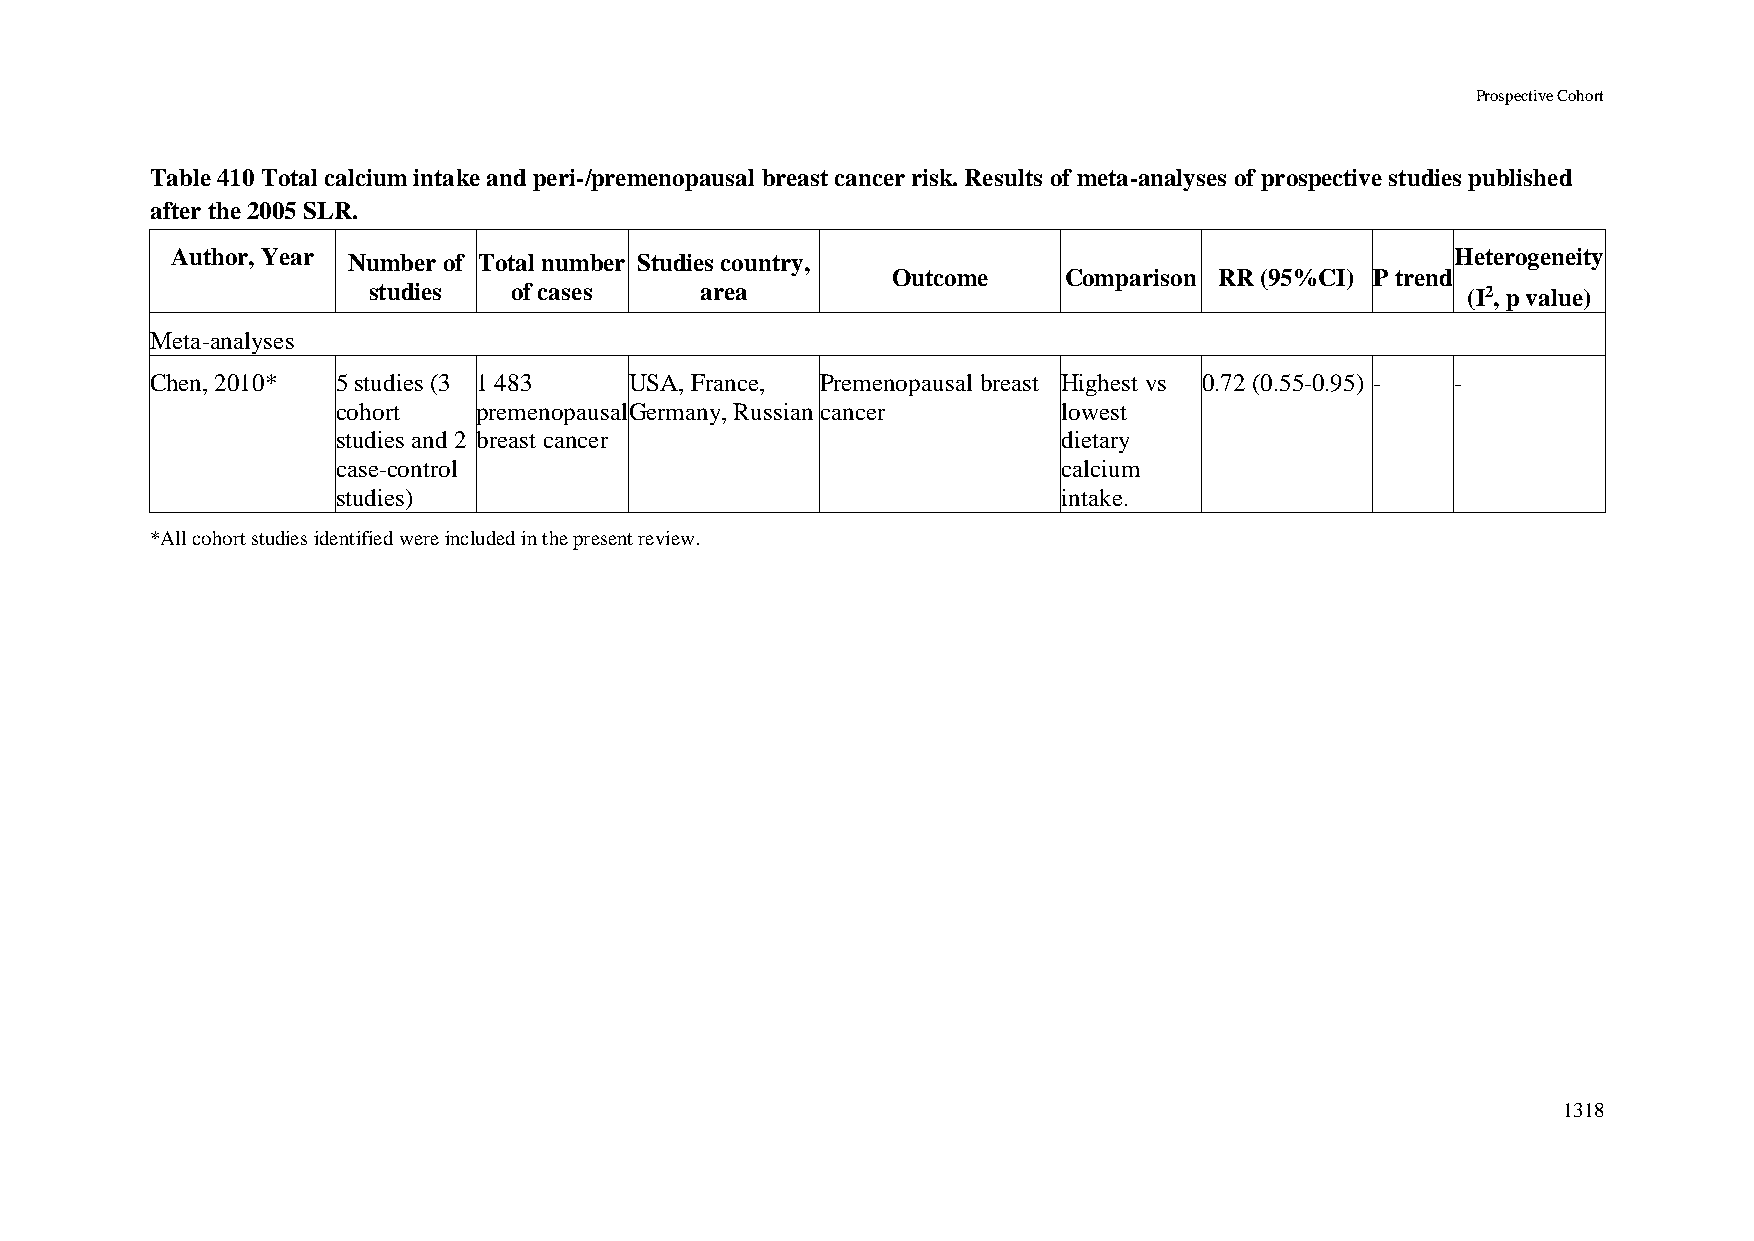
Prospective Cohort
 Table 410 Total calcium intake and peri-/premenopausal breast cancer risk. Results of meta-analyses of prospective studies published
 after the 2005 SLR.
 Author, Year Number of Total number Studies country,                                 Heterogeneity
 Outcome     Comparison RR (95%CI) P trend
 studies   of cases    area                                               (I2, p value)
 Meta-analyses
 Chen, 2010* 5 studies (3 1 483  USA, France, Premenopausal breast Highest vs 0.72 (0.55-0.95) - -
 cohort    premenopausal Germany, Russian cancer lowest
 studies and 2 breast cancer                     dietary
 case-control                                    calcium
 studies)                                        intake.
 *All cohort studies identified were included in the present review.
 1318